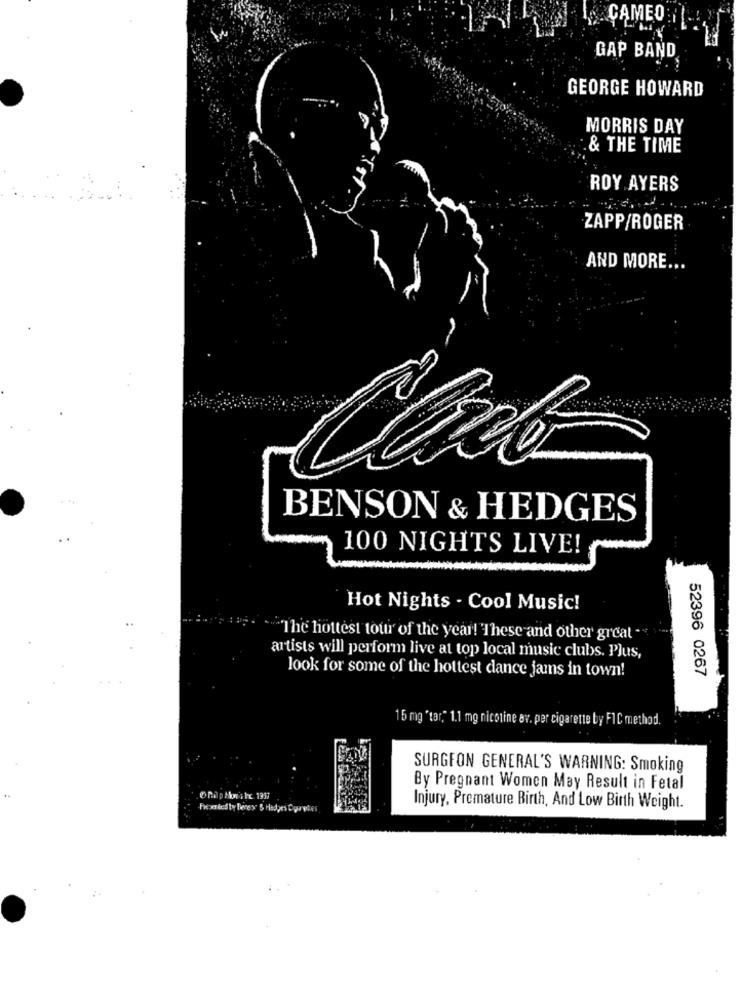
CAMEO
GAP BAND
GEORGE HOWARD
MORRIS DAY
& THE TIME
ROY AYERS
ZAPP/ROGER
AND MORE ..
BENSON & HEDGES
100 NIGHTS LIVE!
Hot Nights - Cool Music!
"The hottest tour of the year! "These and other great -
artists will perform live at top local music clubs. Plus,
look for some of the hottest dance jams in town!
52396 0267
15 mg 'tar," 1.1 mg nicotine av. per cigarette by FIC method.
SURGEON GENERAL'S WARNING: Smoking
By Pregnant Women May Result in Fetal
Chap How'ilc 1937
Fresended ty Beney' 5 Hedges Coryher
Injury, Premature Birth, And Low Birth Weight.